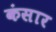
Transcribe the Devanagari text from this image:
कंसार